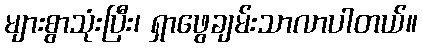
များစွာသုံးပြီး၊ ရှာဖွေချမ်းသာလာပါတယ်။